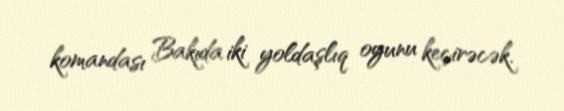
komandası Bakıda iki yoldaşlıq oyunu keçirəcək.